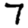
Digit: 7